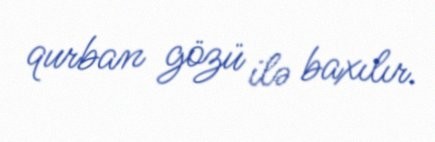
qurban gözü ilə baxılır.